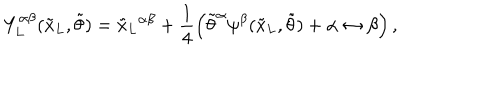
Y _ { L } ^ { \alpha \beta } ( { \tilde { x } _ { L } } , { \tilde { \theta } } ) = { { \tilde { x } _ { L } } ^ { \alpha \beta } } + \frac { 1 } { 4 } \left( { { \tilde { \theta } } ^ { \alpha } } \psi ^ { \beta } ( { \tilde { x } _ { L } } , { \tilde { \theta } } ) + \alpha \leftrightarrow \beta \right) ,